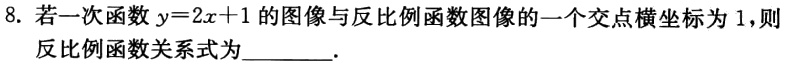
8. 若一次函数$y = 2x + 1$的图像与反比例函数图像的一个交点横坐标为$1$，则
反比例函数关系式为________.